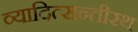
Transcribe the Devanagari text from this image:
व्यादित्सन्तीरथ